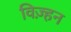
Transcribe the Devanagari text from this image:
विज़्हन